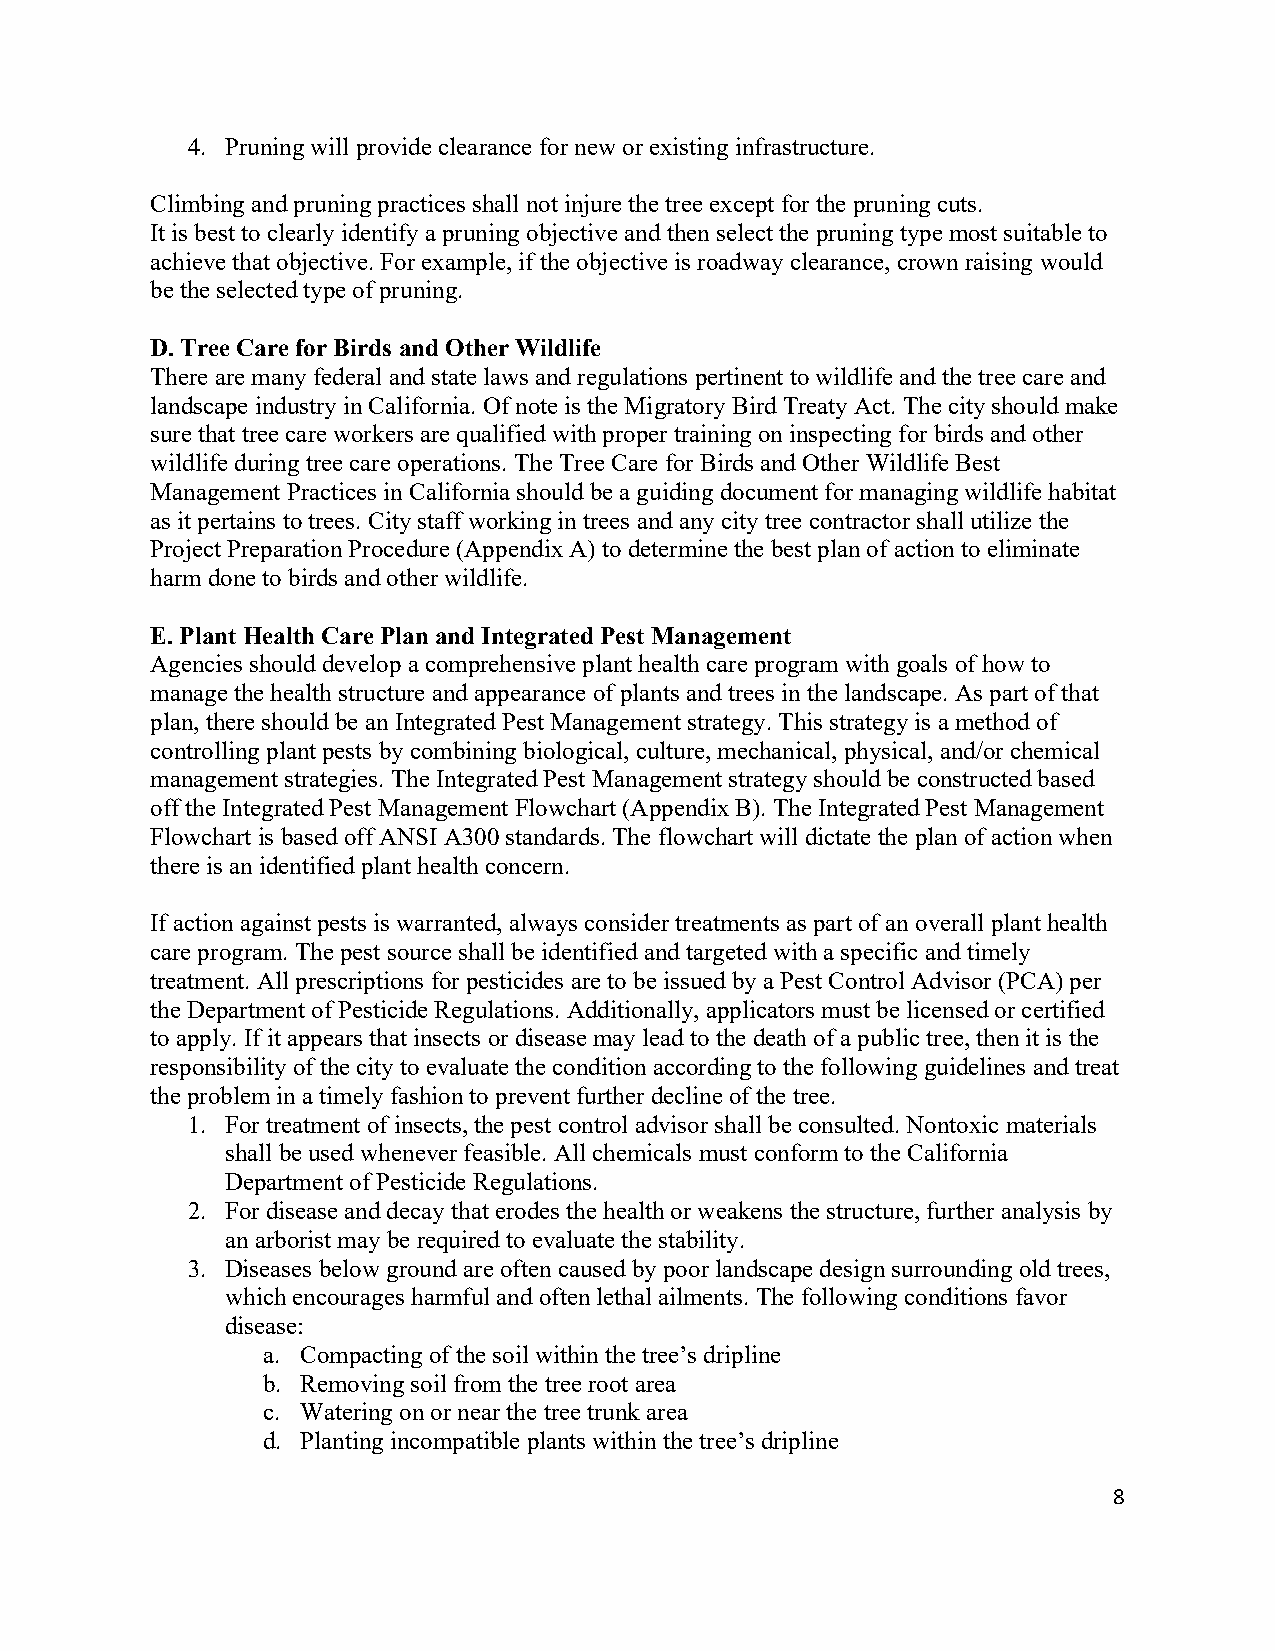
4. Pruning will provide clearance for new or existing infrastructure.
 Climbing and pruning practices shall not injure the tree except for the pruning cuts.
 It is best to clearly identify a pruning objective and then select the pruning type most suitable to
 achieve that objective. For example, if the objective is roadway clearance, crown raising would
 be the selected type of pruning.
 D. Tree Care for Birds and Other Wildlife
 There are many federal and state laws and regulations pertinent to wildlife and the tree care and
 landscape industry in California. Of note is the Migratory Bird Treaty Act. The city should make
 sure that tree care workers are qualified with proper training on inspecting for birds and other
 wildlife during tree care operations. The Tree Care for Birds and Other Wildlife Best
 Management Practices in California should be a guiding document for managing wildlife habitat
 as it pertains to trees. City staff working in trees and any city tree contractor shall utilize the
 Project Preparation Procedure (Appendix A) to determine the best plan of action to eliminate
 harm done to birds and other wildlife.
 E. Plant Health Care Plan and Integrated Pest Management
 Agencies should develop a comprehensive plant health care program with goals of how to
 manage the health structure and appearance of plants and trees in the landscape. As part of that
 plan, there should be an Integrated Pest Management strategy. This strategy is a method of
 controlling plant pests by combining biological, culture, mechanical, physical, and/or chemical
 management strategies. The Integrated Pest Management strategy should be constructed based
 off the Integrated Pest Management Flowchart (Appendix B). The Integrated Pest Management
 Flowchart is based off ANSI A300 standards. The flowchart will dictate the plan of action when
 there is an identified plant health concern.
 If action against pests is warranted, always consider treatments as part of an overall plant health
 care program. The pest source shall be identified and targeted with a specific and timely
 treatment. All prescriptions for pesticides are to be issued by a Pest Control Advisor (PCA) per
 the Department of Pesticide Regulations. Additionally, applicators must be licensed or certified
 to apply. If it appears that insects or disease may lead to the death of a public tree, then it is the
 responsibility of the city to evaluate the condition according to the following guidelines and treat
 the problem in a timely fashion to prevent further decline of the tree.
 1. For treatment of insects, the pest control advisor shall be consulted. Nontoxic materials
 shall be used whenever feasible. All chemicals must conform to the California
 Department of Pesticide Regulations.
 2. For disease and decay that erodes the health or weakens the structure, further analysis by
 an arborist may be required to evaluate the stability.
 3. Diseases below ground are often caused by poor landscape design surrounding old trees,
 which encourages harmful and often lethal ailments. The following conditions favor
 disease:
 a. Compacting of the soil within the tree’s dripline
 b. Removing soil from the tree root area
 c. Watering on or near the tree trunk area
 d. Planting incompatible plants within the tree’s dripline
 8